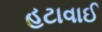
હટાવાઈ